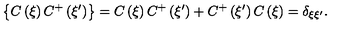
\left\{ C \left( \xi \right) C ^ { + } \left( \xi ^ { \prime } \right) \right\} = C \left( \xi \right) C ^ { + } \left( \xi ^ { \prime } \right) + C ^ { + } \left( \xi ^ { \prime } \right) C \left( \xi \right) = \delta _ { \xi \xi ^ { \prime } } .